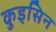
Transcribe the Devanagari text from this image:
कुइसिन